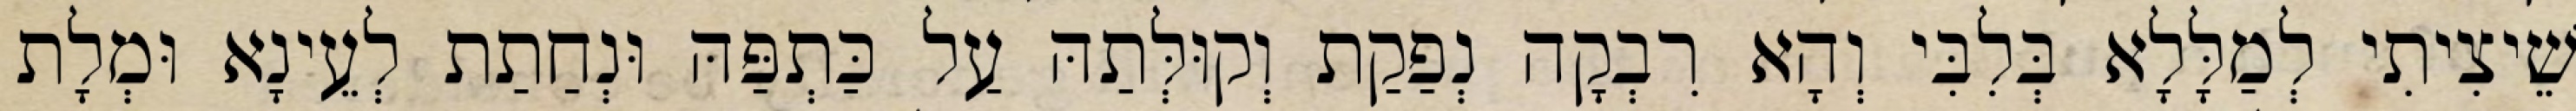
שֵׁיצִיתִי לְמַלָּלָא בְּלִבִּי וְהָא רִבְקָה נְפַקַת וְקוּלְּתַהּ עַל כַּתְפַּהּ וּנְחַתַת לְעֵינָא וּמְלָת